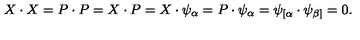
X \cdot X = P \cdot P = X \cdot P = X \cdot \psi _ { \alpha } = P \cdot \psi _ { \alpha } = \psi _ { \lbrack \alpha } \cdot \psi _ { \beta ] } = 0 .